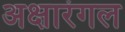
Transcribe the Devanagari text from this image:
अक्षारंगल